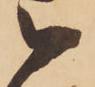
被